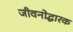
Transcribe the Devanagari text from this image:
जीवनोद्धारक